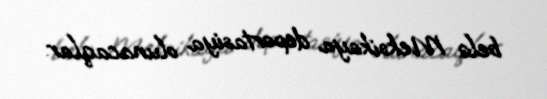
belə Meksikaya deportasiya olunacaqlar.